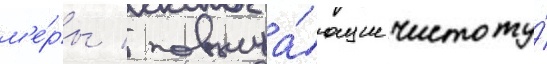
м'е́ры / повыша́ющие чистоту́